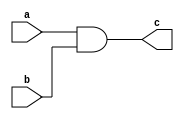
module my_and (a, b, c);
input a, b;
output c;
assign c = a && b;
endmodule